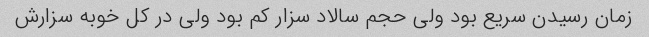
زمان رسیدن سریع بود ولی حجم سالاد سزار کم بود ولی در کل خوبه سزارش